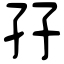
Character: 孖